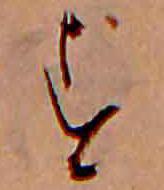
す